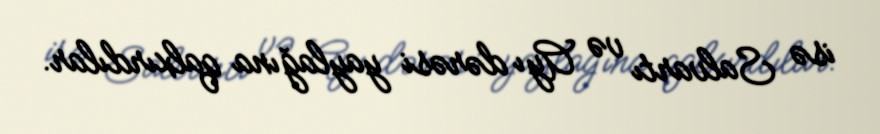
isə Salvartı və Ayı dərəsi yaylağına qalxırdılar.